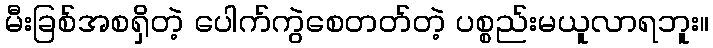
မီးခြစ်အစရှိတဲ့ ပေါက်ကွဲစေတတ်တဲ့ ပစ္စည်းမယူလာရဘူး။